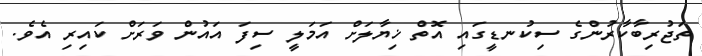
ތަޖުރިބާކާރުންގެ ސިކުނޑީގައި އޮތް ޚިޔާލަށް އަމަލީ ސިފަ އައުން ވަރަށް ކައިރި އެވެ.